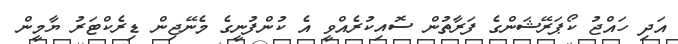
އަދި ހައްޖު ކޯޕަރޭޝަންގެ ފަރާތުން ސޮއިކުރެއްވީ އެ ކުންފުނީގެ މެނޭޖިން ޑިރެކްޓަރު ޔާމީން